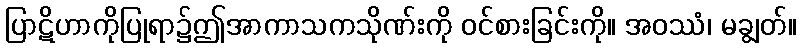
ပြာဋိဟာကိုပြုရာ၌ဤအာကာသကသိုဏ်းကို ဝင်စားခြင်းကို။ အဝဿံ၊ မချွတ်။